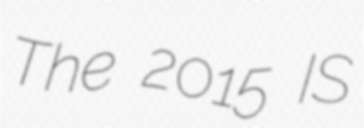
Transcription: The 2015 IS